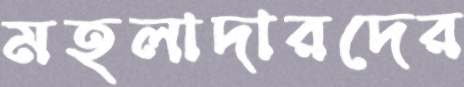
মহলাদারদের